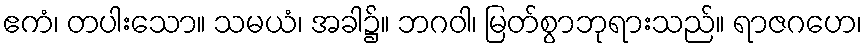
ဧကံ၊ တပါးသော။ သမယံ၊ အခါ၌။ ဘဂဝါ၊ မြတ်စွာဘုရားသည်။ ရာဇဂဟေ၊